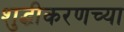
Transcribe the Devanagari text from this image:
शुद्धीकरणच्या